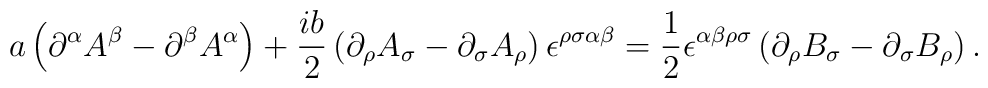
a\left(\partial^{\alpha}A^{\beta}-\partial^{\beta}A^{\alpha}\right) +\frac{ib}{2}\left(\partial_{\rho}A_{\sigma}-\partial_{\sigma}A_{\rho }\right)\epsilon^{\rho\sigma\alpha\beta}=\frac{1}{2}\epsilon^{\alpha\beta\rho\sigma}\left(\partial_{\rho}B_{\sigma}-\partial_{\sigma}B_{\rho }\right).